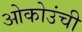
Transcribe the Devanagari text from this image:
ओकोउंची